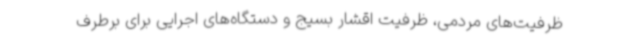
ظرفیت‌های مردمی، ظرفیت‌ اقشار بسیج و دستگاه‌های اجرایی برای برطرف